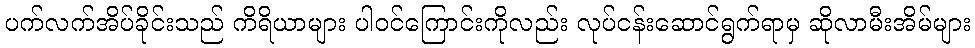
ပက်လက်အိပ်ခိုင်းသည် ကိရိယာများ ပါဝင်ကြောင်းကိုလည်း လုပ်ငန်းဆောင်ရွက်ရာမှ ဆိုလာမီးအိမ်များ